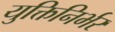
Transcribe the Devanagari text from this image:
युक्तिनिर्भर